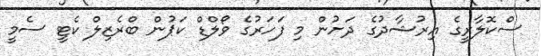
ސްކޮލާރީގެ އިރުޝާދުގެ ދަށުން މި ފަހަރުގެ ވޯލްޑް ކަޕުން ބްރެޒިލް ކެޓީ ސެމީ